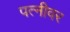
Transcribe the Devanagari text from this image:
पत्‍नीवर